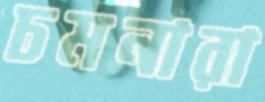
চমনারা